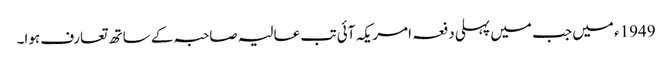
1949ء میں جب میں پہلی دفعہ امریکہ آئی تب عالیہ صاحبہ کے ساتھ تعارف ہوا۔